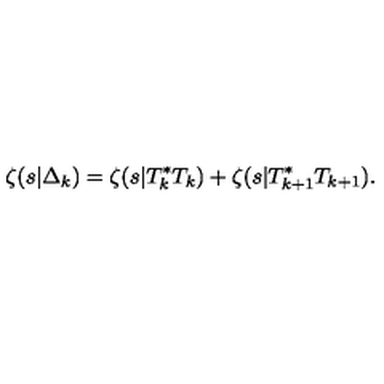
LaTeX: \zeta ( s | \Delta _ { k } ) = \zeta ( s | T _ { k } ^ { * } T _ { k } ) + \zeta ( s | T _ { k + 1 } ^ { * } T _ { k + 1 } ) .